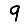
Digit: 9